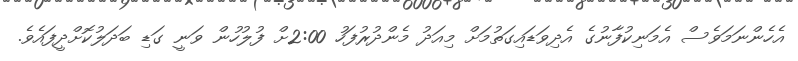
އެހެންނަމަވެސް އެމަނިކުފާނުގެ އެދިވަޑައިގަތުމަށް މިއަދު މެންދުރުފަހު 2:00ށް ފުލުހުން ވަނީ ގަޑި ބަދަލުކޮށްދީފައެވެ.